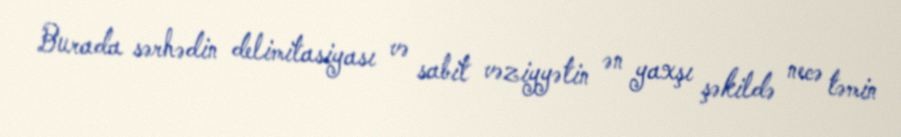
Burada sərhədin delimitasiyası və sabit vəziyyətin ən yaxşı şəkildə necə təmin